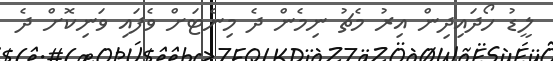
ލީޑު ހޯދައިދިން އިރު މެޗު ނިމެން ދެ މިނެޓަށް ވެފައި ވަނިކޮށް ދެ